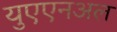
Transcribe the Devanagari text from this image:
युएएनअल